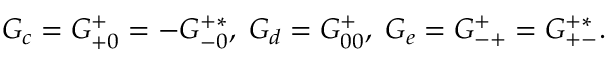
G _ { c } = G _ { + 0 } ^ { + } = - G _ { - 0 } ^ { + * } , \; G _ { d } = G _ { 0 0 } ^ { + } , \; G _ { e } = G _ { - + } ^ { + } = G _ { + - } ^ { + * } .